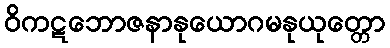
ဝိကဋဘောဇနာနုယောဂမနုယုတ္တော